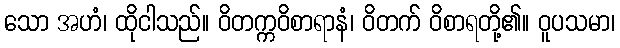
သော အဟံ၊ ထိုငါသည်။ ဝိတက္ကဝိစာရာနံ၊ ဝိတက် ဝိစာရတို့၏။ ဝူပသမာ၊